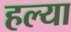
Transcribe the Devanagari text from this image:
हल्या